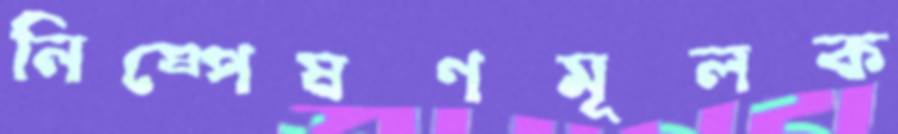
নিষ্পেষণমূলক